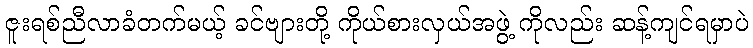
ဇူးရစ်ညီလာခံတက်မယ့် ခင်ဗျားတို့ ကိုယ်စားလှယ်အဖွဲ့ ကိုလည်း ဆန့်ကျင်ရမှာပဲ